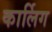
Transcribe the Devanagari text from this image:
कार्लिग